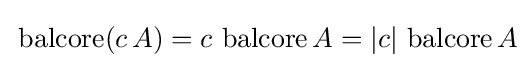
\,\operatorname {balcore} (c\,A)=c\,\operatorname {balcore} A=|c|\,\operatorname {balcore} A